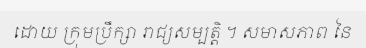
ដោយ ក្រុមប្រឹក្សា រាជ្យសម្បត្តិ ។ សមាសភាព នៃ